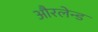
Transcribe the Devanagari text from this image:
औरलेन्ड